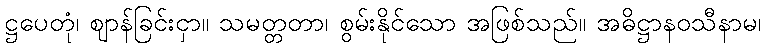
ဋ္ဌပေတုံ၊ ဈာန်ခြင်းငှာ။ သမတ္တတာ၊ စွမ်းနိုင်သော အဖြစ်သည်။ အဓိဋ္ဌာနဝသီနာမ၊